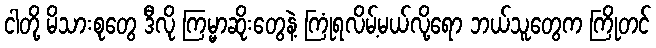
ငါတို့ မိသားစုတွေ ဒီလို ကြမ္မာဆိုးတွေနဲ့ ကြုံရလိမ့်မယ်လို့ရော ဘယ်သူတွေက ကြိုတင်